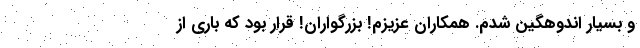
و بسیار اندوهگین شدم. همکاران عزیزم! بزرگواران! قرار بود که باری از